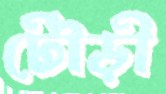
টৌড়ী